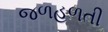
જળહળતી